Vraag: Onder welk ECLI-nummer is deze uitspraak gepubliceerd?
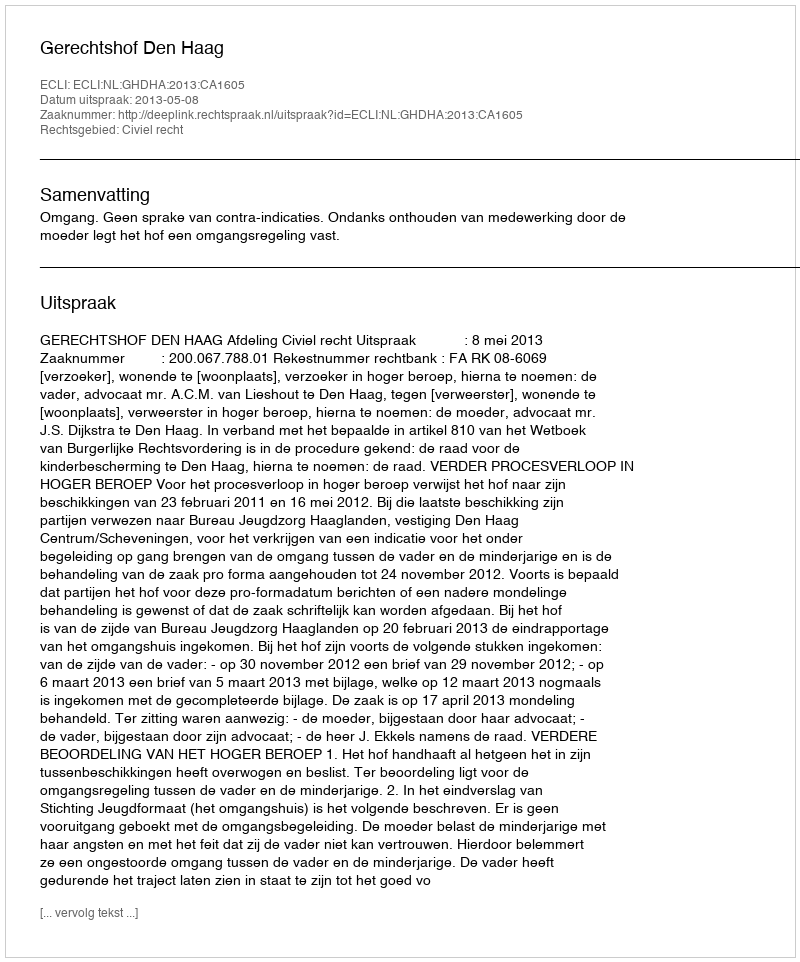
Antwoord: ECLI:NL:GHDHA:2013:CA1605